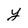
Character: y